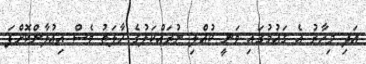
އަދި މިހާރު އެ ގައުމުގައި ވަނީ ކުއްލި ނުރައްކަލުގެ ހާލަތު ވެސް އިއުލާންކޮށްފަ